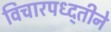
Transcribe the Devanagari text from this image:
विचारपध्द्तीने